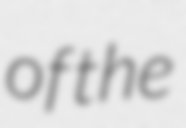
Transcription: of the